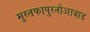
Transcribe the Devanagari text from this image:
मुस्तफापुरनौआबाद